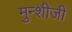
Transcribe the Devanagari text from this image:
मुन्शीजी